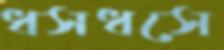
ধসধসে